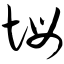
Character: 坶